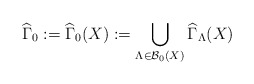
\begin{align*}\widehat{\Gamma }_{0}:=\widehat{\Gamma }_{0}(X):=\bigcup_{\Lambda \in\mathcal{B}_{0}(X)}\widehat{\Gamma }_{\Lambda }(X) \end{align*}